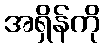
အရှိန်ကို